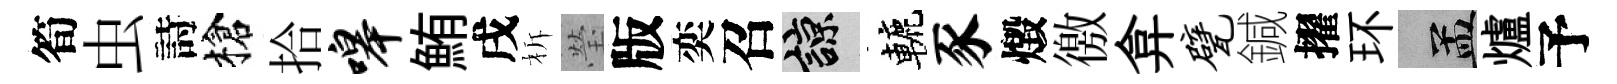
筍虫詩槍拾嗥鮪戌柝瑩版奕召諒轆豕燬徼弇甓鍼擢环汴爐予